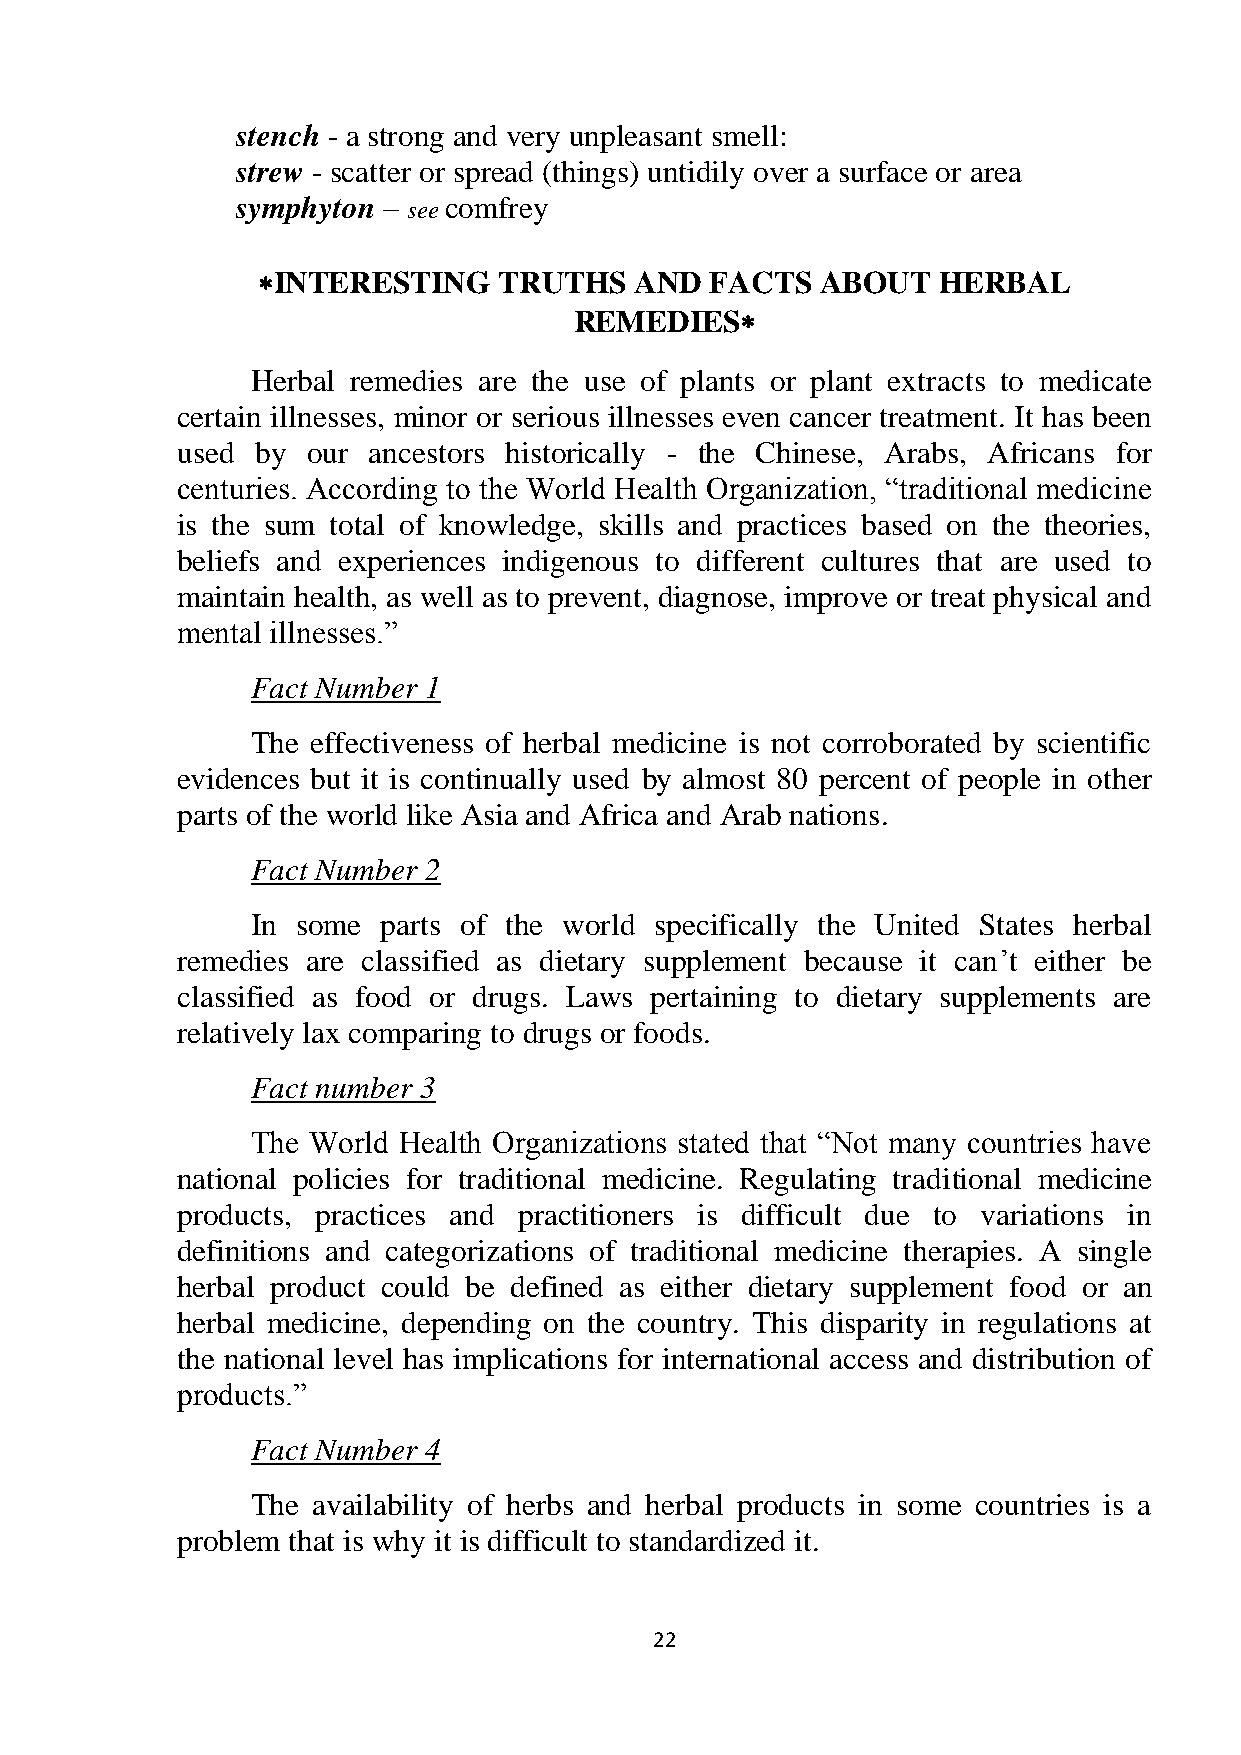
stench - a strong and very unpleasant smell:
 strew - scatter or spread (things) untidily over a surface or area
 symphyton – see comfrey
 INTERESTING    TRUTHS   AND  FACTS  ABOUT   HERBAL
 REMEDIES
 Herbal remedies are the use of plants or plant extracts to medicate
 certain illnesses, minor or serious illnesses even cancer treatment. It has been
 used by our ancestors historically - the Chinese, Arabs, Africans for
 centuries. According to the World Health Organization, ―traditional medicine
 is the sum total of knowledge, skills and practices based on the theories,
 beliefs and experiences indigenous to different cultures that are used to
 maintain health, as well as to prevent, diagnose, improve or treat physical and
 mental illnesses.‖
 Fact Number 1
 The effectiveness of herbal medicine is not corroborated by scientific
 evidences but it is continually used by almost 80 percent of people in other
 parts of the world like Asia and Africa and Arab nations.
 Fact Number 2
 In some parts of the world specifically the United States herbal
 remedies are classified as dietary supplement because it can‘t either be
 classified as food or drugs. Laws pertaining to dietary supplements are
 relatively lax comparing to drugs or foods.
 Fact number 3
 The World Health Organizations stated that ―Not many countries have
 national policies for traditional medicine. Regulating traditional medicine
 products, practices and practitioners is difficult due to variations in
 definitions and categorizations of traditional medicine therapies. A single
 herbal product could be defined as either dietary supplement food or an
 herbal medicine, depending on the country. This disparity in regulations at
 the national level has implications for international access and distribution of
 products.‖
 Fact Number 4
 The availability of herbs and herbal products in some countries is a
 problem that is why it is difficult to standardized it.
 22